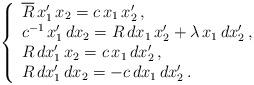
LaTeX: \begin{align*} \;\;\;\;\; \left\{\begin{array}{l} \overline{R}\,x_1'\,x_2=c\,x_1\,x_2'\,, \\c^{-1}\,x_1'\,dx_2=R\,dx_1\,x_2'+\lambda\,x_1\,dx_2'\,, \\ R\,dx_1'\,x_2=c\,x_1\,dx_2'\,, \\ R\,dx_1'\,dx_2=-c\,dx_1\,dx_2'\, . \\\end{array}\right.\end{align*}